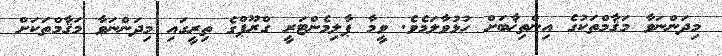
މިދަންނަވާ މަޤާމްތަކުގެ އިންތިޚާބަށް ހުޅުވާލަމެވެ. ވީމާ ޕާލިމެންޓަރީ ގްރޫޕްގެ ތިރީގައި މިދަންނަވާ މަޤާމްތަކަށް